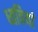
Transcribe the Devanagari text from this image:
ध्ववियां